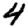
Digit: 4